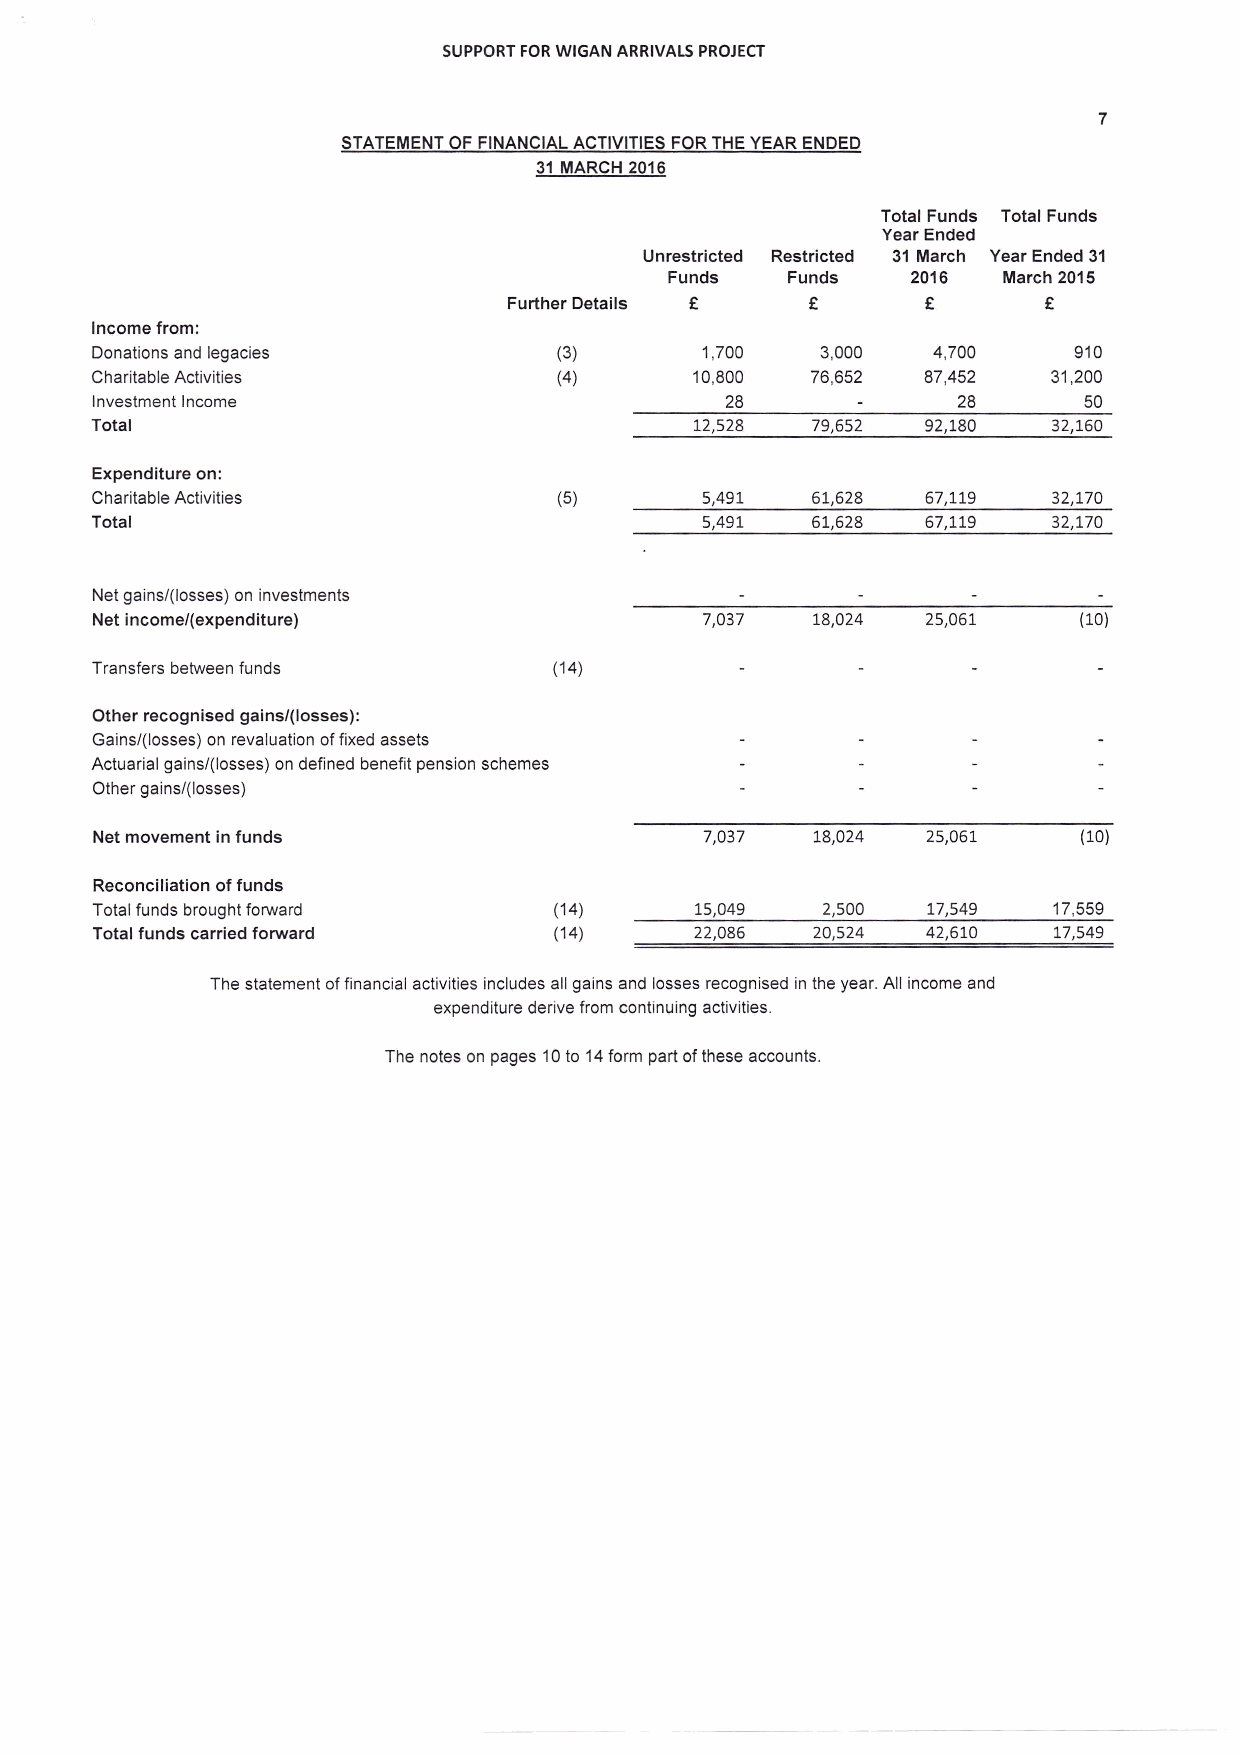
SUPPORT FOR WIGAN ARRIVALS PROJECT
 STATEMENT OF FINANCIAL ACTIVITIES FOR THE YEAR ENDED
 31 MARCH 2016
 Total Funds Total Funds
 Year Ended
 Unrestricted Restricted 31 March Year Ended 31
 Funds   Funds   201 6 March 2015
 Further Details €   €      €       €
 lncome from:
 Donations and legacies         (3)       1,700  3,000   4,700    910
 Charitable Activities          (4)      10,800  76,652 87,452   31,200
 lnvestment lncome                         28             28       50
 Total                                   72,528  79,652 92,180   32,t60
 Expenditure on:
 Charitable Activities          (5)       5,491  67,628 67,119   32,t70
 Total                                    5,49L  6L,628 67,179   32,\70
 Net gainsi(losses) on investments
 Net income/(expenditure)                 7,037  18,024 2s,051     (10)
 Transfers between funds        (14)
 Other recognised gains/(losses):
 Gains/(losses) on revaluation of fixed assets
 Actuarial gains/(losses) on defined benefit pension schemes
 Other gains/(losses)
 Net movement in funds                    7,037  18,024 2s,061     (10)
 Reconciliation of funds
 Total funds brought forward    (14)     L5,049  2,500  77,549   17,559
 Total funds carried foruvard   (14)     22,086  20,524 42,6t0   L7,549
 The statement of financial activities includes all gains and losses recognised in the year. All income and
 expenditure derive from continuing activities.
 The notes on pages 1 0 to 1 4 form part of these accounts.